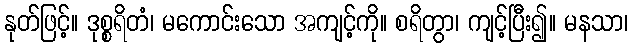
နုတ်ဖြင့်။ ဒုစ္စရိတံ၊ မကောင်းသော အကျင့်ကို။ စရိတွာ၊ ကျင့်ပြီး၍။ မနသာ၊